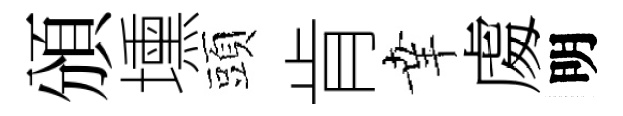
頒壎頭肯𦍒䖏明